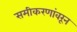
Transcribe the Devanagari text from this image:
समीकरणांवरून